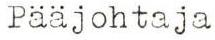
Pääjohtaja